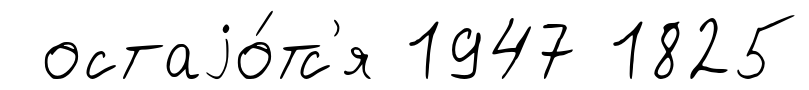
остаjо́тс'я 1947 1825